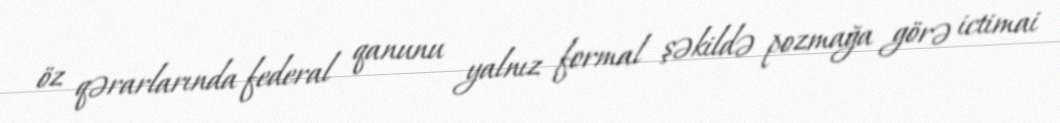
öz qərarlarında federal qanunu yalnız formal şəkildə pozmağa görə ictimai